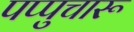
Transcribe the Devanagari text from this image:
पप्पुचारू